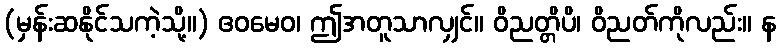
(မှန်းဆနိုင်သကဲ့သို့။) ဧဝမေဝ၊ ဤအတူသာလျှင်။ ဝိညတ္တိပိ၊ ဝိညတ်ကိုလည်း။ န